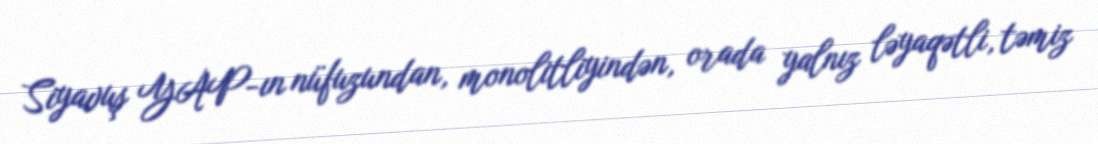
Siyavuş YAP-ın nüfuzundan, monolitliyindən, orada yalnız ləyaqətli, təmiz